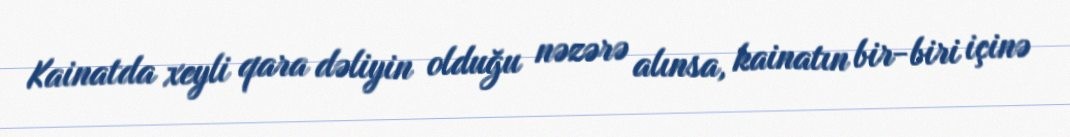
Kainatda xeyli qara dəliyin olduğu nəzərə alınsa, kainatın bir-biri içinə